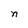
Character: n